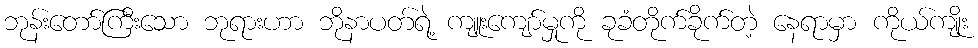
ဘုန်းတော်ကြီးသော ဘုရားဟာ ဘိုနာပတ်ရဲ့ ကျူးကျော်မှုကို ခုခံတိုက်ခိုက်တဲ့ နေရာမှာ ကိုယ်ကျိုး